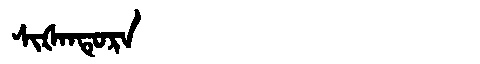
Manchu: ᠰᡳᡧᠠᠨᡨᡠᡵᠠ
Romanization: SIŠANTURA